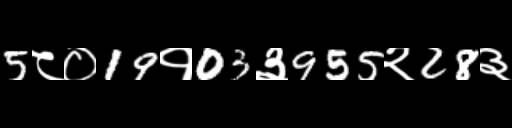
Text: 5८०19१03३955२28३